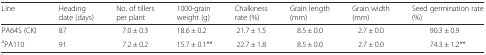
<table><thead><tr><td><b>Line</b></td><td><b>Heading date (days)</b></td><td><b>No. of tillers per plant</b></td><td><b>1000-grain weight (g)</b></td><td><b>Chalkiness rate (%)</b></td><td><b>Grain length (mm)</b></td><td><b>Grain width (mm)</b></td><td><b>Seed germination rate (%)</b></td></tr></thead><tbody><tr><td>PA64S (CK)</td><td>87</td><td>7.0 ± 0.3</td><td>18.6 ± 0.2</td><td>21.7 ± 1.5</td><td>8.5 ± 0.0</td><td>2.7 ± 0.0</td><td>90.3 ± 0.9</td></tr><tr><td><sup>a</sup>PA110</td><td>91</td><td>7.2 ± 0.2</td><td>15.7 ± 0.1**</td><td>22.7 ± 1.8</td><td>8.5 ± 0.0</td><td>2.7 ± 0.0</td><td>74.3 ± 1.2**</td></tr></tbody></table>